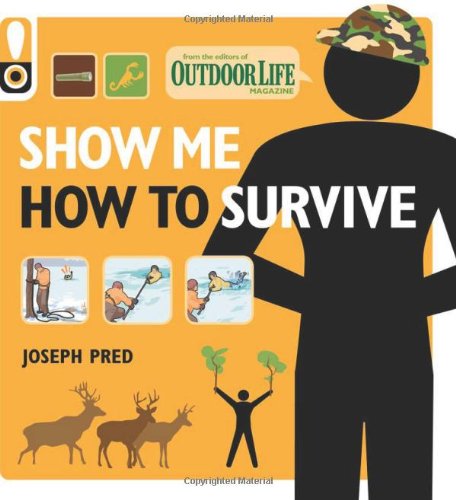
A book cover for Show Me How to Survive (Outdoor Life): The Handbook for the Modern Hero; Joseph Pred; Reference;